Lunatic asylums Central Provinces reports 1895-1909 - 1895-1909
Year: 1895
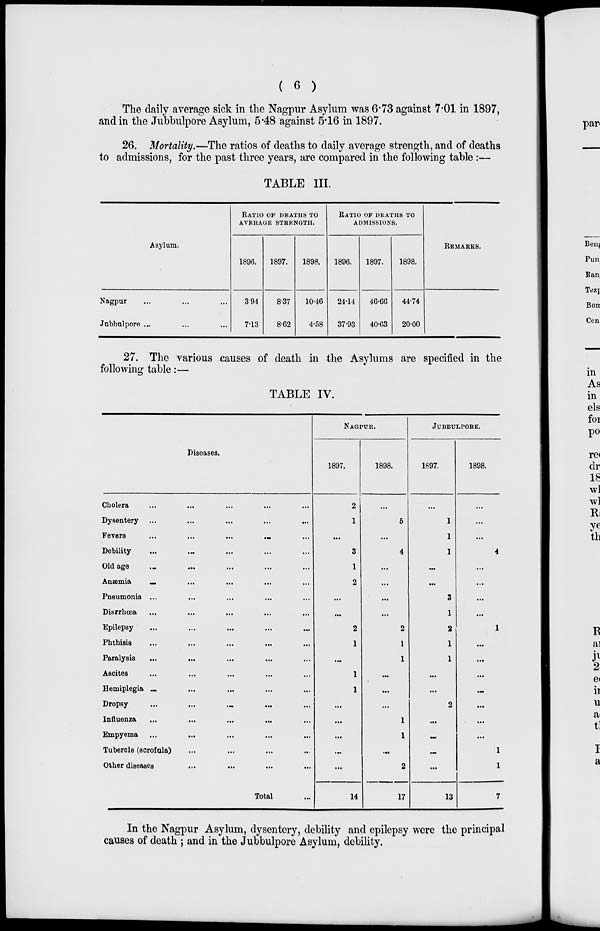
( 6 )
The daily average sick in the Nagpur Asylum was 6.73 against 7.01 in 1897,
and in the Jubbulpore Asylum, 5.48 against 5.16 in 1897.
26. Mortality.—The ratios of deaths to daily average strength, and of deaths
to admissions, for the past three years, are compared in the following table :—
TABLE III.
Asylum.
Nagpur ... ... ...
Jubbulpore ... ... ...
RATIO OF DEATHS TO
AVERAGE STRENGTH.
1896.
3.94
7.13
1897.
8.37
8.62
1898.
10.46
4.58
RATIO OF DEATHS TO
ADMISSIONS.
1896.
24.14
37.93
1897.
46.66
40.63
1898.
44.74
20.00
REMARKS.
27. The various causes of death in the Asylums are specified in the
following table:—
TABLE IV.
Diseases.
Cholera ... ... ... ... ...
Dysentery ... ... ... ... ...
Fevers ... ... ... ... ...
Debility ... ... ... ... ...
Old age ... ... ... ... ...
Anæmia ... ... ... ... ...
Pneumonia ... ... ... ... ...
Diarrhœa ... ... ... ... ...
Epilepsy ... ... ... ... ...
Phthisis ... ... ... ... ...
Paralysis ... ... ... ... ...
Ascites ... ... ... ... ...
Hemiplegia ... ... ... ...
Dropsy ... ... ... ... ...
Influenza ... ... ... ... ...
Empyema ... ... ... ... ...
Tubercle (scrofula) ... ... ... ...
Other diseases ... ... ... ...
Total ...
NAGPUR.
1897.
2
1
...
3
1
2
...
...
2
1
...
1
1
...
...
...
...
...
14
1898.
...
5
...
4
...
...
...
...
2
1
1
...
...
...
1
1
...
2
17
JUBBULPORE.
1897.
...
1
1
1
...
...
3
1
2
1
1
...
...
2
...
...
...
...
13
1898.
...
...
...
4
...
...
...
...
1
...
...
...
...
...
...
...
1
1
7
In the Nagpur Asylum, dysentery, debility and epilepsy were the principal
causes of death ; and in the Jubbulpore Asylum, debility.